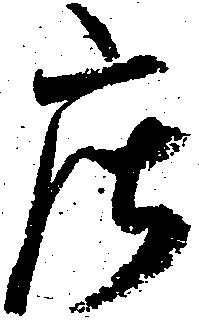
庄